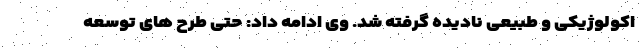
اکولوژیکی و طبیعی نادیده گرفته شد. وی ادامه داد: حتی طرح های توسعه